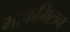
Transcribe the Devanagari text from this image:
माकमिलन